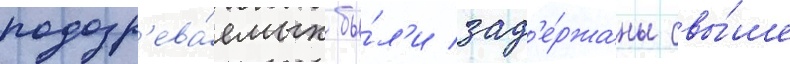
подозр'ева́емых бы́л'и зад'е́ржаны свы́ше